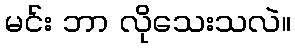
မင်း ဘာ လိုသေးသလဲ။